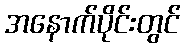
အနောက်ပိုင်းတွင်